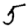
Digit: 5